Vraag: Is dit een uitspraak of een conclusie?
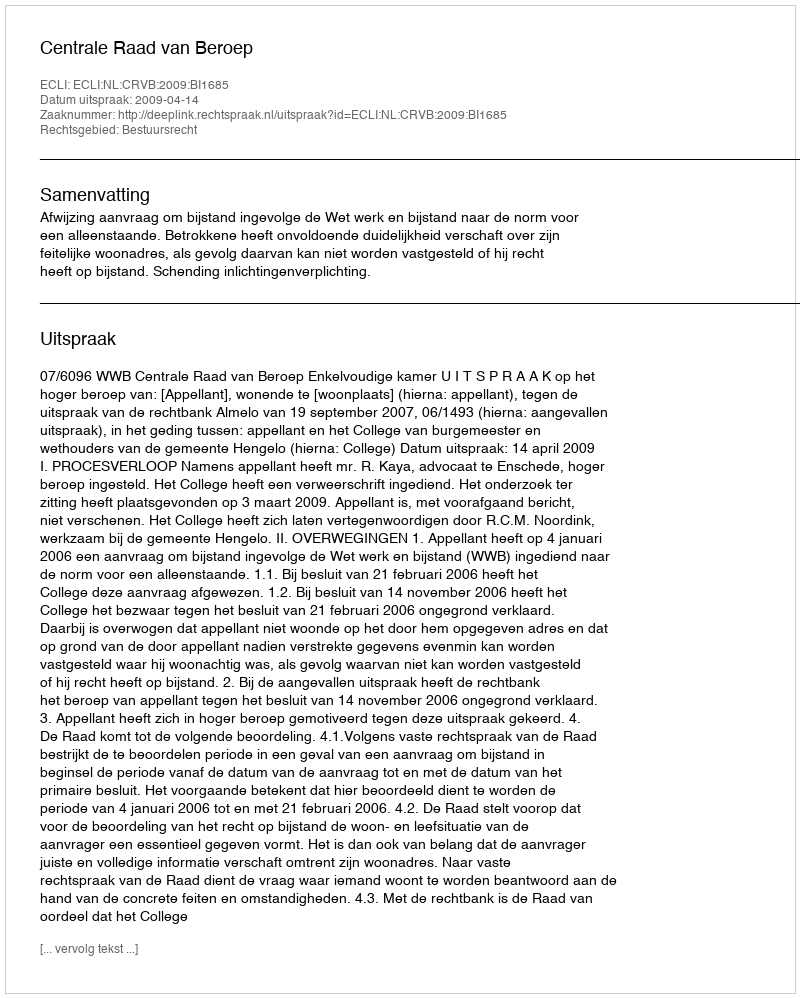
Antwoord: Uitspraak